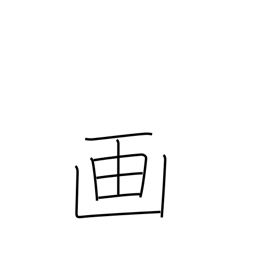
Meaning: picture